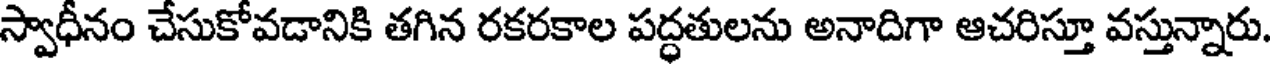
స్వాధీనం చేసుకోవడానికి తగిన రకరకాల పద్ధతులను అనాదిగా ఆచరిస్తూ వస్తున్నారు.